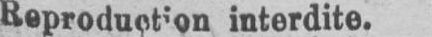
Reproduction interdite.